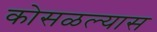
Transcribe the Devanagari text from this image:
कोसळल्यास